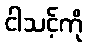
ငါသင့်ကို